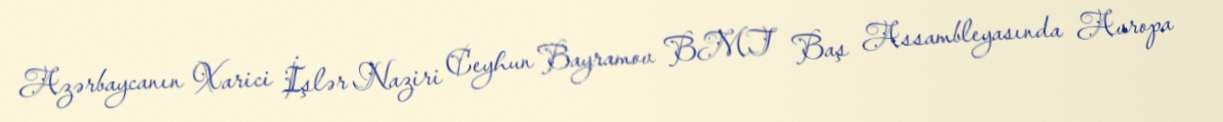
Azərbaycanın Xarici İşlər Naziri Ceyhun Bayramov BMT Baş Assambleyasında Avropa